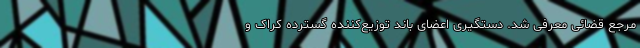
مرجع قضائی معرفی شد. دستگیری اعضای باند توزیع‌کننده گسترده کراک و